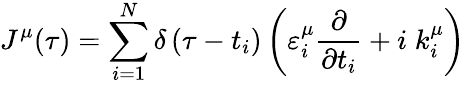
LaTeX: J^{\mu}(\tau)=\sum_{i=1}^{N}\delta\left(\tau-t_{i}\right)\left(\varepsilon_{i}^{\mu}\frac\partial{\partial t_{i}}+i\; k_{i}^{\mu}\right)